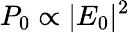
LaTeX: P_{0}\propto|E_{0}|^{2}